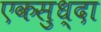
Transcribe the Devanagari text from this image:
एकसुध्दा